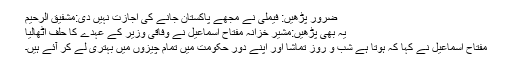
ضرور پڑھیں: فیملی نے مجھے پاکستان جانے کی اجازت نہیں دی:مشفیق الرحیم
یہ بھی پڑھیں:مشیر خزانہ مفتاح اسماعیل نے وفاقی وزیر کے عہدے کا حلف اٹھالیا
مفتاح اسماعیل نے کہا کہ ہوتا ہے شب و روز تماشا اور اپنے دور حکومت میں تمام چیزوں میں بہتری لے کر آئے ہیں۔